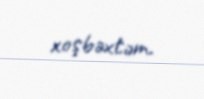
xoşbəxtəm.